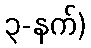
၃-နက်)